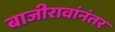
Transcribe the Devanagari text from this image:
बाजीरावांनंतर